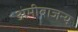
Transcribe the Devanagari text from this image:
अमीबाजन्य